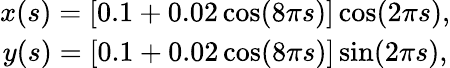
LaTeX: \begin{array}{c}{{{x(s)=[0.1+0.02\, \mathrm{cos}(8\pi s)]\, \mathrm{cos}(2\pi s),}}}\\ {{{y(s)=[0.1+0.02\, \mathrm{cos}(8\pi s)]\, \mathrm{sin}(2\pi s),}}}\end{array}